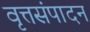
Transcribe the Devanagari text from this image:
वृत्तसंपादन